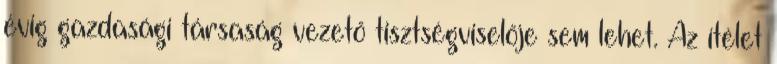
évig gazdasági társaság vezető tisztségviselője sem lehet. Az ítélet